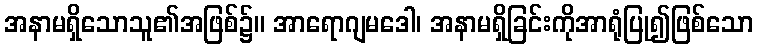
အနာမရှိသောသူ၏အဖြစ်၌။ အာရောဂျမဒေါ၊ အနာမရှိခြင်းကိုအာရုံပြု၍ဖြစ်သော